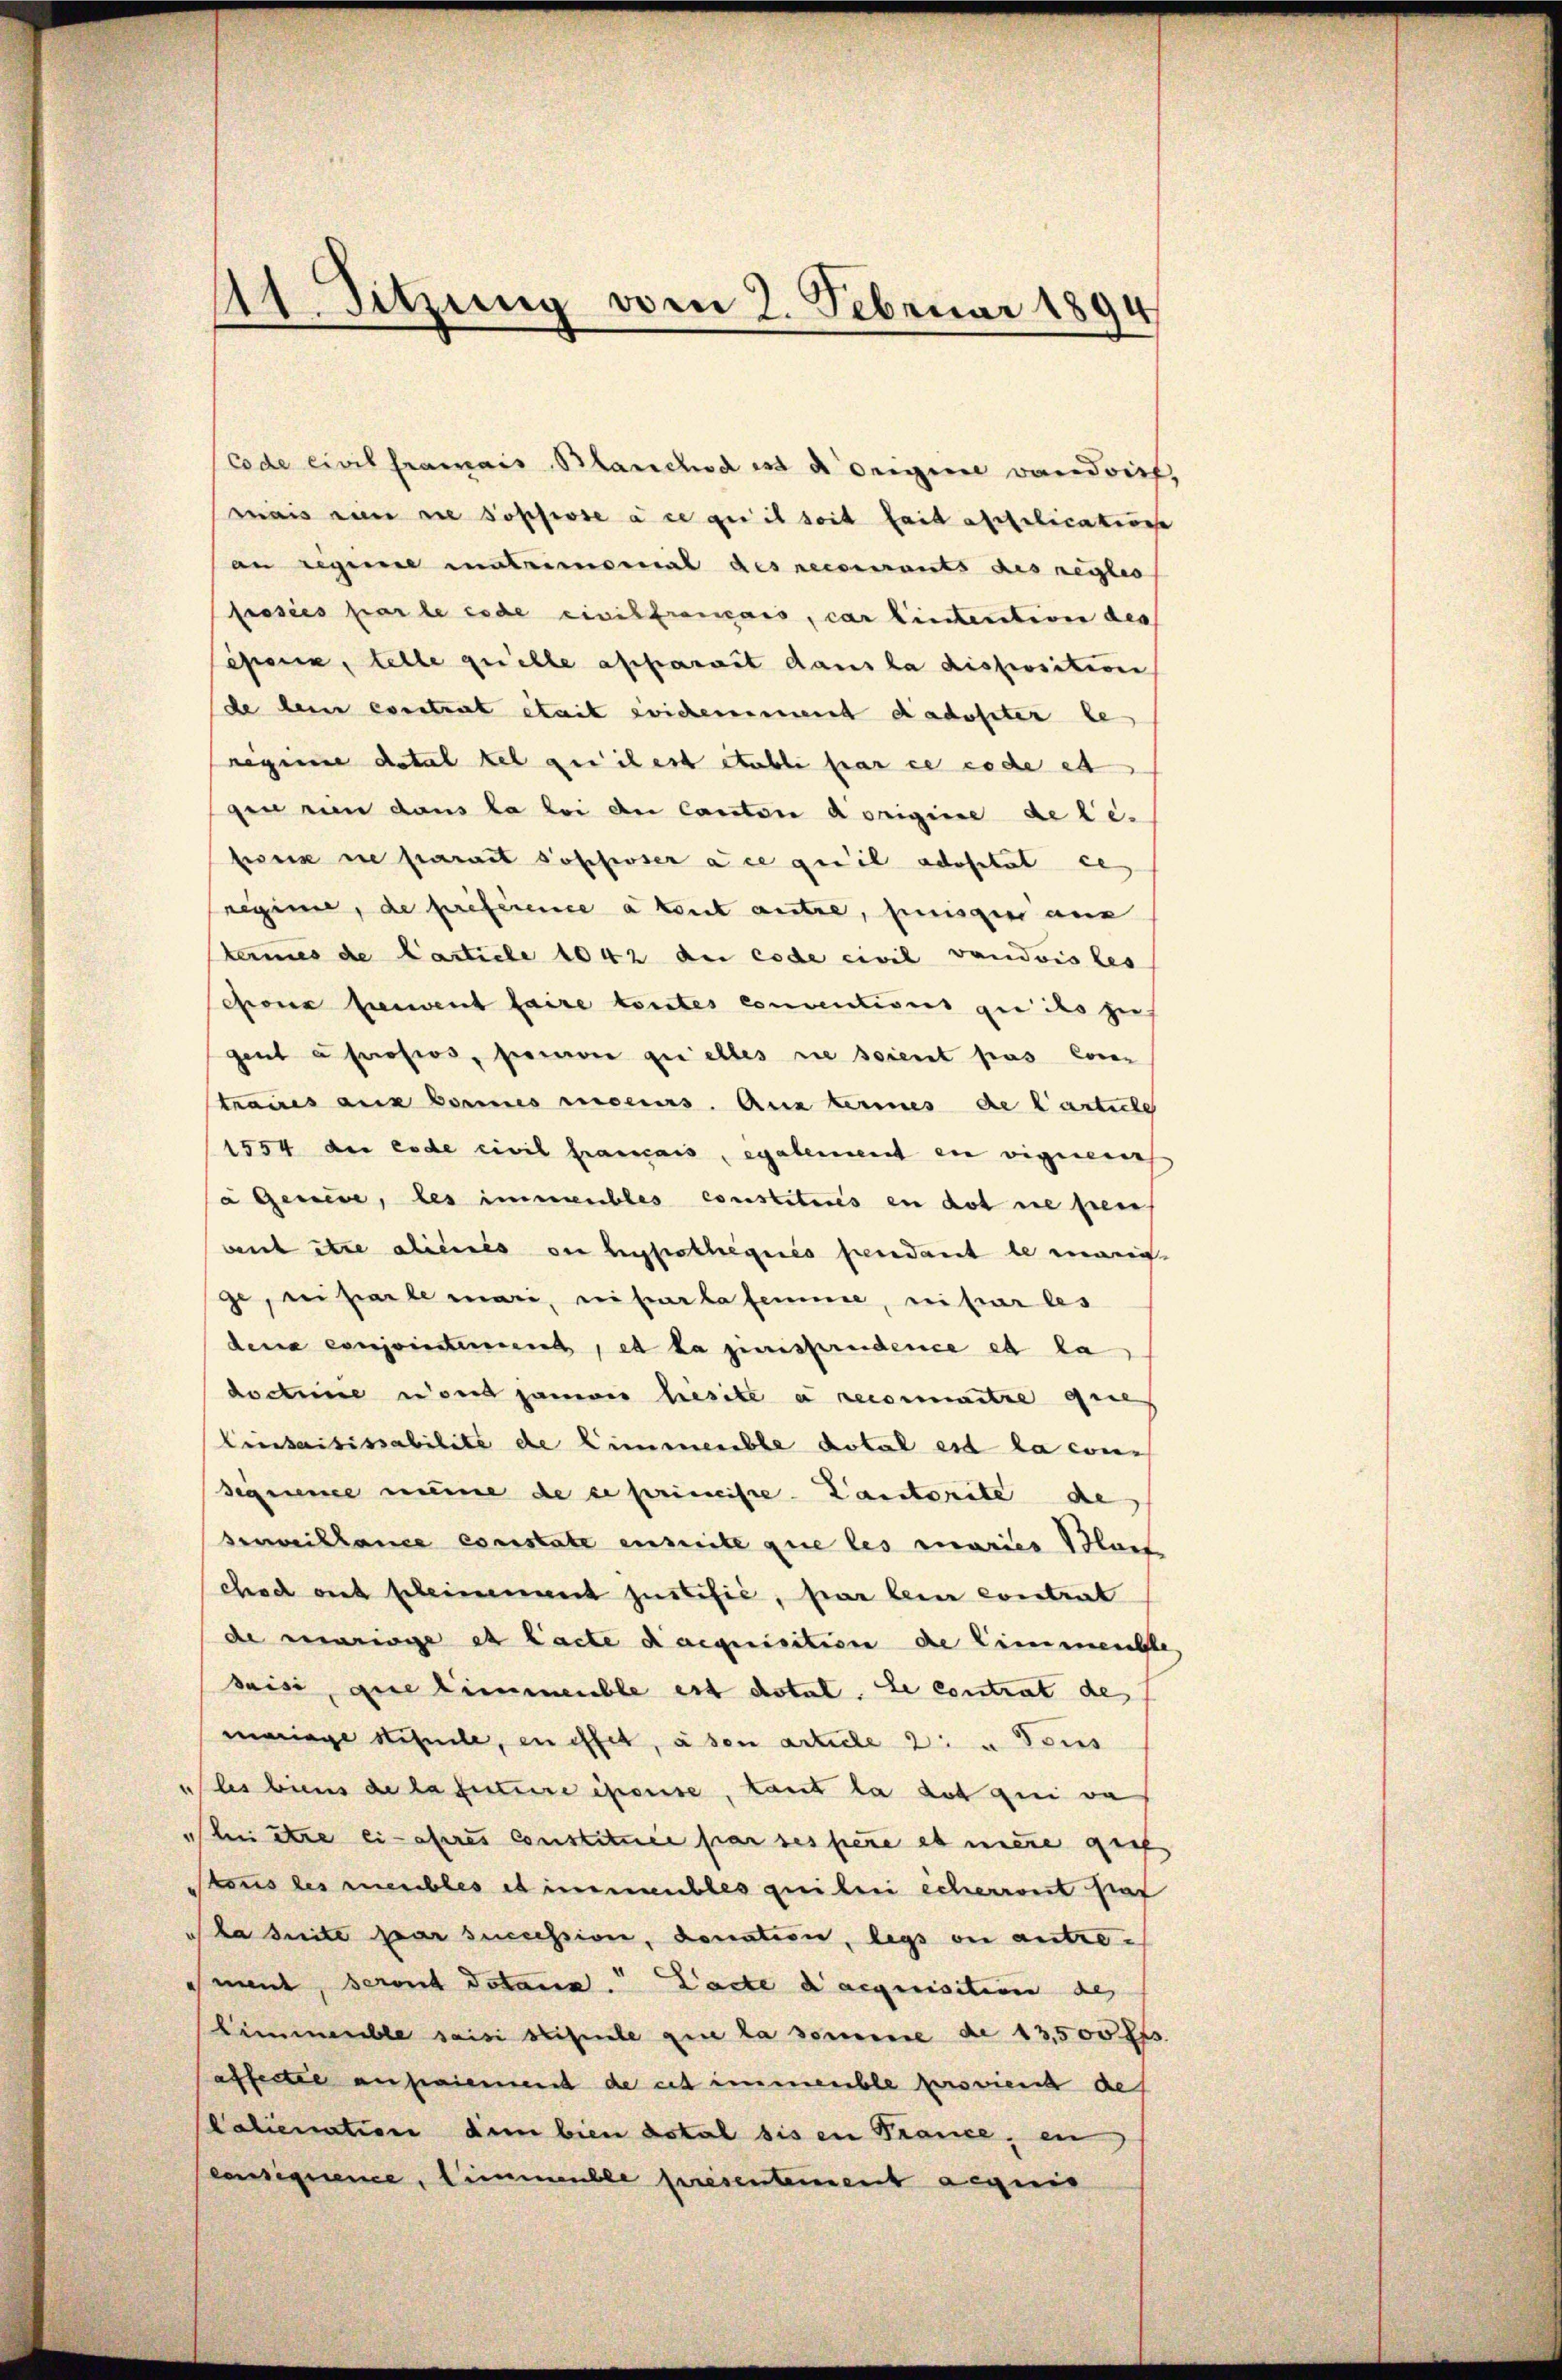
Code civilframais Blanchod es a origine Bandrich,
mais eine sie soppose à ce qui seit fait alfolicatione
an regime matrimomal des reconnants des regles
frosées par le code civilframais, car hintention des
esen, telle quelle apparait dans la disposition
de kein constent était sichement dadoster be
neginne dotal kel quitest etabli par ce code et
gen nun dans la loi an Canton Aorigine de le-
sei ne parait Sophoser à ce qu’il adositat de
regime, de preference à tout autre, einigen aus
tumes de Carticle 1042 du code civil vaudois les
schon hierwent faire toutes conventions qui ils zus
gent à profios, person quelles sie soient pas Conr
traues aus bornes recius. Aus termes de l’article
1554 der code civil francais, egalement en viguenies
a Genere, les immeubles constitures in dot ne pren
beist ihre aliénés ou hypothéqués pendant le mari
ge, riparte mari, riparla femme, ni par les
dena conjointement, et la jurisprudence et la
doch nie wird jammes lieste a reconnaitre quie
Einsaisissabilité de Limmenble dotal est la con
signience meine de se primeiste Cantorite de
Bewillence constate enseite que les maries Blais
chach sich bleinenant justifié, par lein contrat
de mariage et Lacte d’acquisition de Limmenble
saisi, die Zimmeuble est dotat. Le contrat de
mariage scheele, en effet, aben article 2 u Tous
us les biens de la future épouse, tant la dot qui vaf
bi ire lieferes Constituée par des pere es mere groß
stens des meubles es immeubles quiber icherweit hat
 ha seite par succession, donation, legs ou antre-
nnt, seront dotans. Lacte d’acquisition de
Himmeuble saisi stipule que la somme de 13,500 frs.
affertie aufriemend de cet immeuble proment des
Calienation dem bien dotal bis in France, ein
consequence, immeuble presentement acquis

11. Sitzung vom 2. Februar 1894